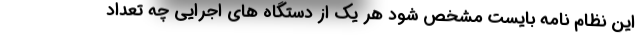
این نظام نامه بایست مشخص شود هر یک از دستگاه های اجرایی چه تعداد